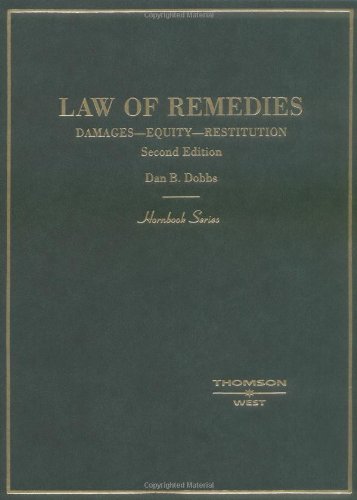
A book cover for Dobbs' Law of Remedies: Damages - Equity - Restitution (Hornbook Series); Dan Dobbs; Law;